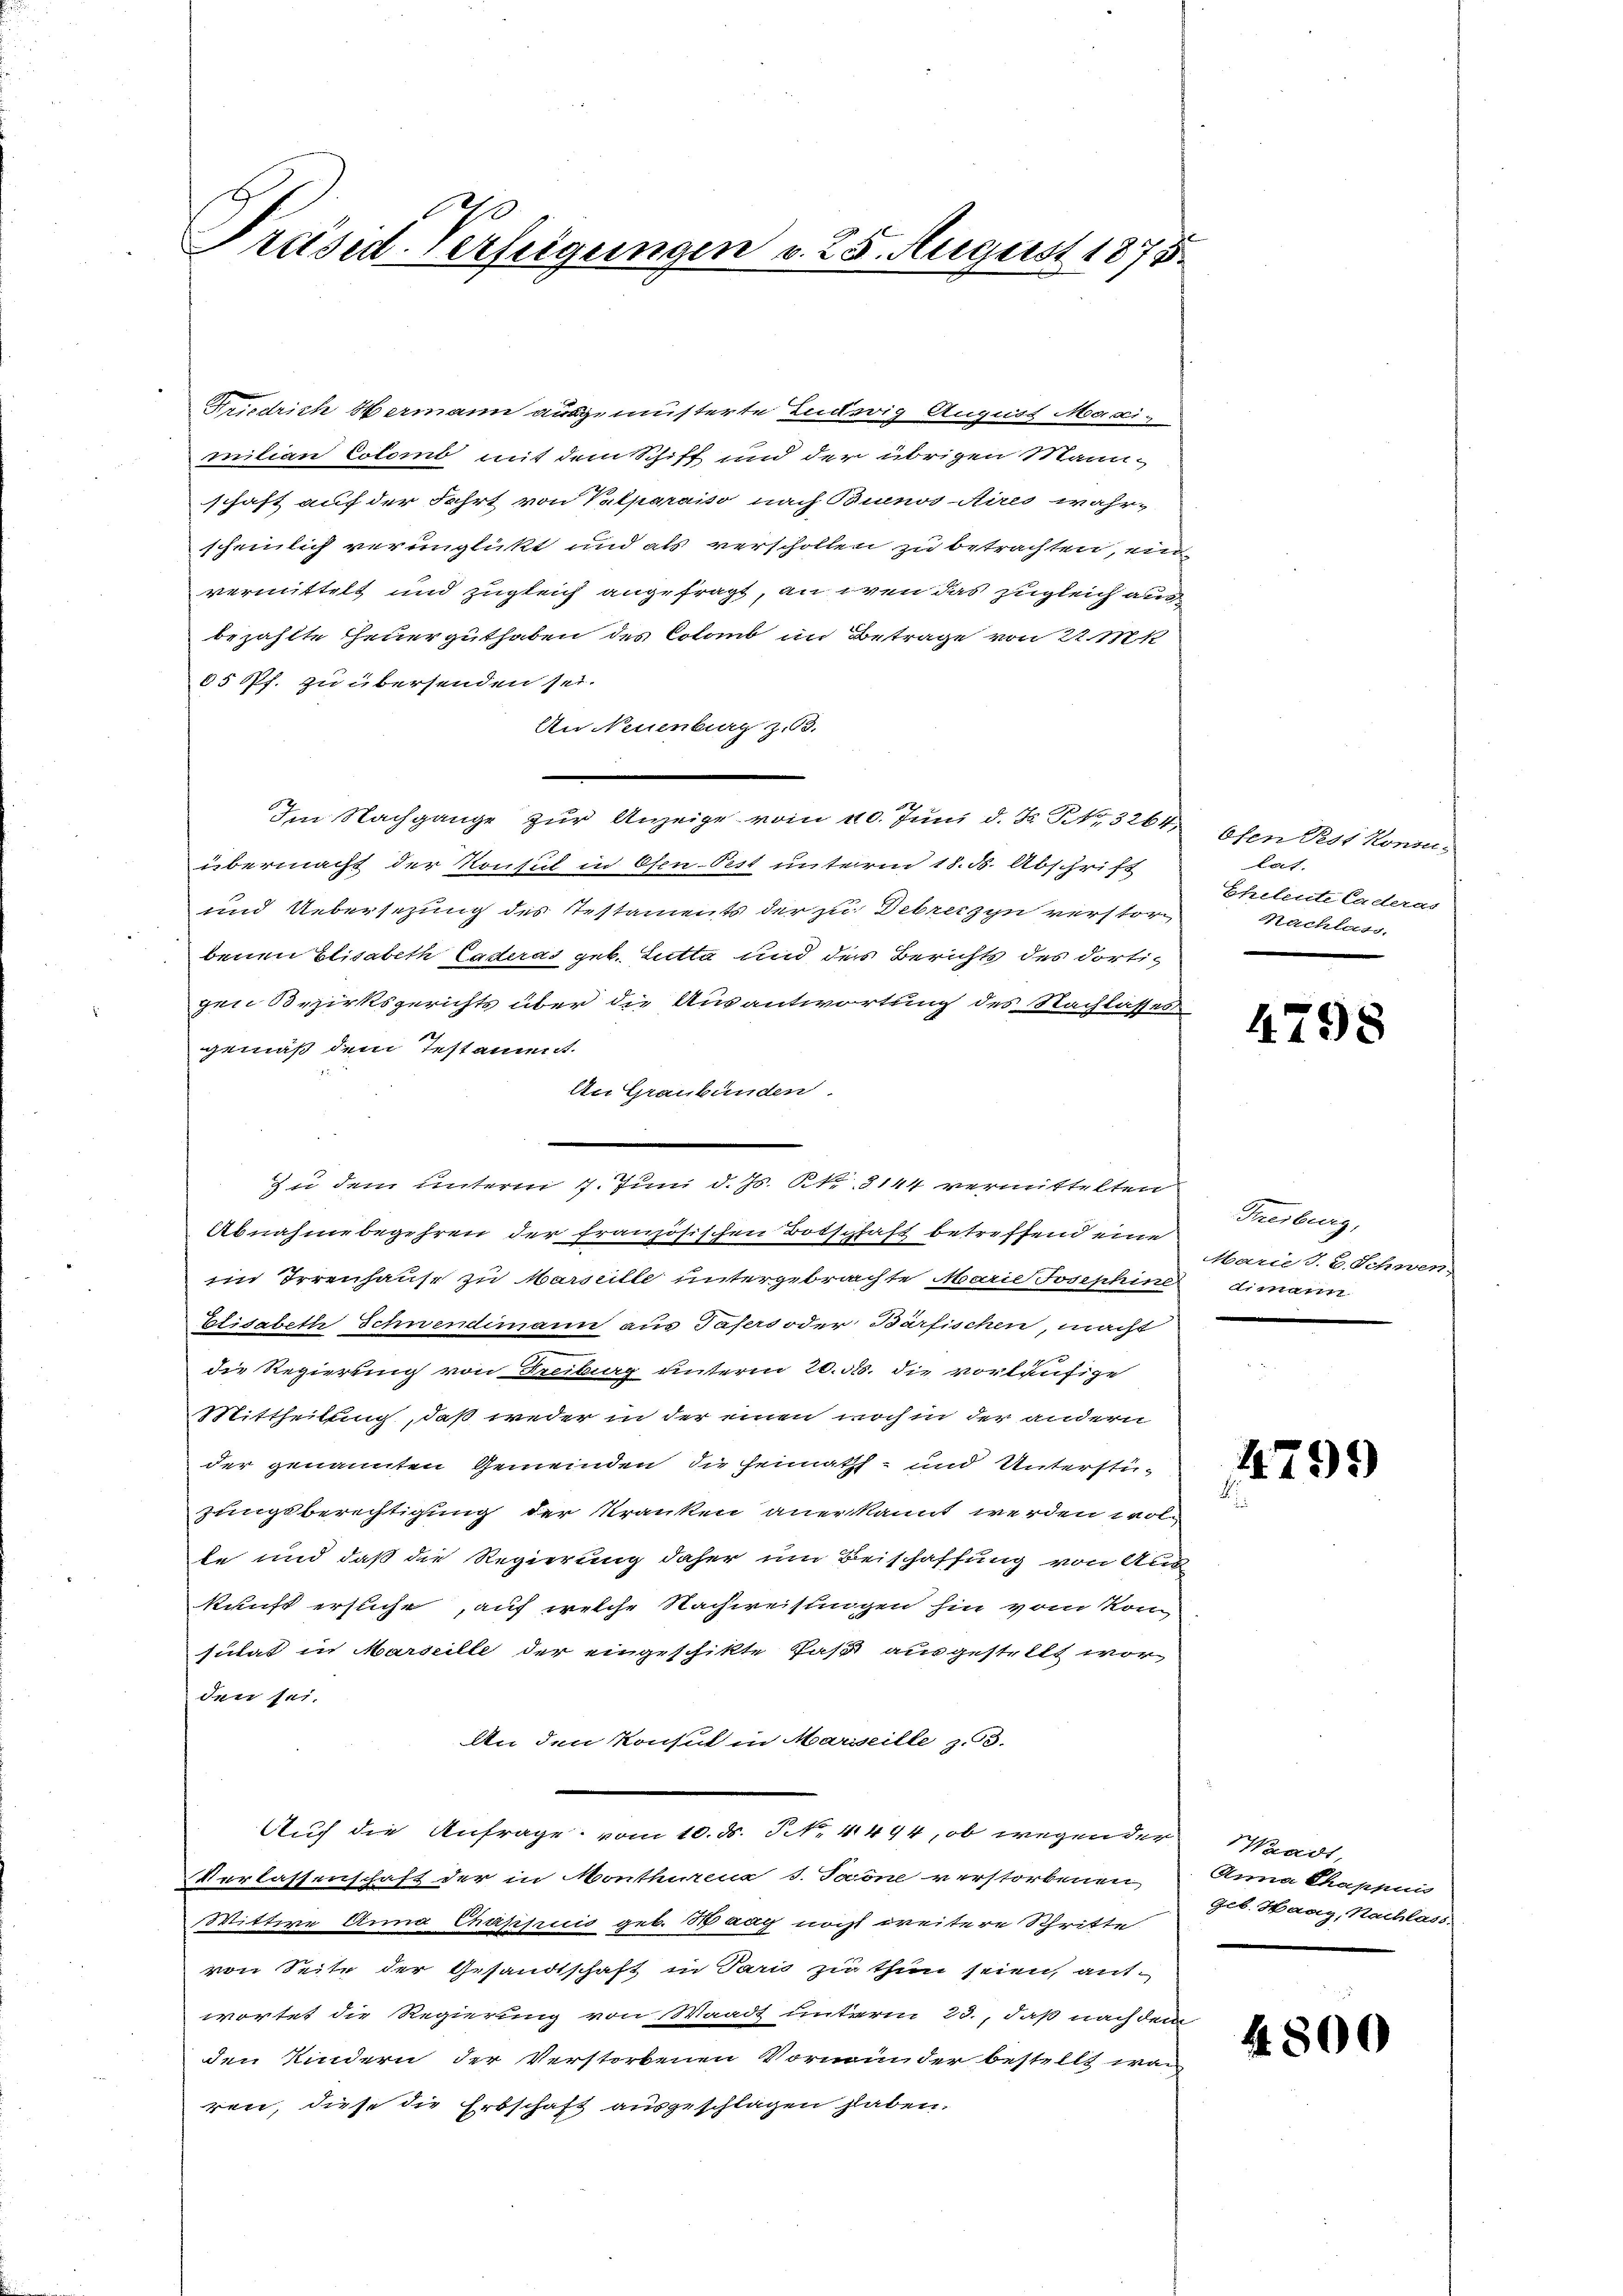
Präsid. Verfügungen v. 25. August 1875.

Friedrich Hermann ausgemüsterte Ludwig August Maximilian Coloro mit dem Schiff und der übrigen Mannschaft auf der Fahrt von Valparaiso nach Binos Aires wahrscheinlich verunglückt und als verschollen zu betrachten, einvermittelt und zugleich angefragt, an iren das zugleich auc
bezahlte Theuerguthaben des Colono in Betrage von 22. M
65 Pf. zu übersenden sei.
An Neuenburg z. 63.
Im Nachgange zur Anzeige vom 20. Juni d. J. P. Nr. 3264, Ofen Pest Konsuübermacht der Konsul in Osen-Pest unterm 18. d. Abschrift
und Uebersezung des Testaments der zu Debreczyn verstor
benen Elisabeth Caderas geb. Lutta und des Berichts des dortigen Bezirksgerichts über die Ausantwortung des Nachlasses
gemäß dem Testament.
An Graubünden.
z u dem unterm 7. Juni d. Js. k. 8144 vermittelten
Abnahme begehren der französischen Botschaft betreffend eine
iin Irrenhause zu Marseille untergebrachte Marie Josephine dimann
Elisabeth Schwendimann aus Tasers oder Bärfischen, macht
die Regierung von Freiburg unterm 20. ds. die vorläufige
Mittheilung, daß weder in der einen noch in der andern
der genannten Gemeinden die Heimaths- und Unterstüzungsberechtigung der Kranken aner kannt werden wol-
te und daß die Regierung daher um Beischaffung von Ang
kunft ersuche, auf welche Nachweisungen hin vom Kon
sulat in Marseille der eingeschikte Paß ausgestellt worden sei.
An den Konsul in Marseille, z. 53.
Auch die Anfrage vom 10. d. S. 4444, ob wegender Waadt,
Verlassenschaft der in Monthurena s. Forone verstorbenen
Wittwe Anna Chappuis geb. Waag noch weitere Schritte
von Seite der Gesandtschaft in Paris zu thun seien, aufwortet die Regierung von Waadt unterm 23., daß nach dem
den Kindern der Verstorbenen Vormunder bestellt wor
ren, diese die Erbschaft ausgeschlagen haben.

kat.
Eheleute Caderas
Nachlass.

4798

Freiburg,
Marie d. 2. Schwen
.

4799

Anna Chappuis
geb. Haag, Nachlass.

4800